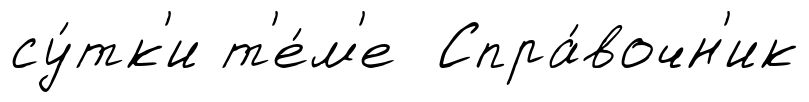
су́тк'и т'е́м'е Спра́вочн'ик